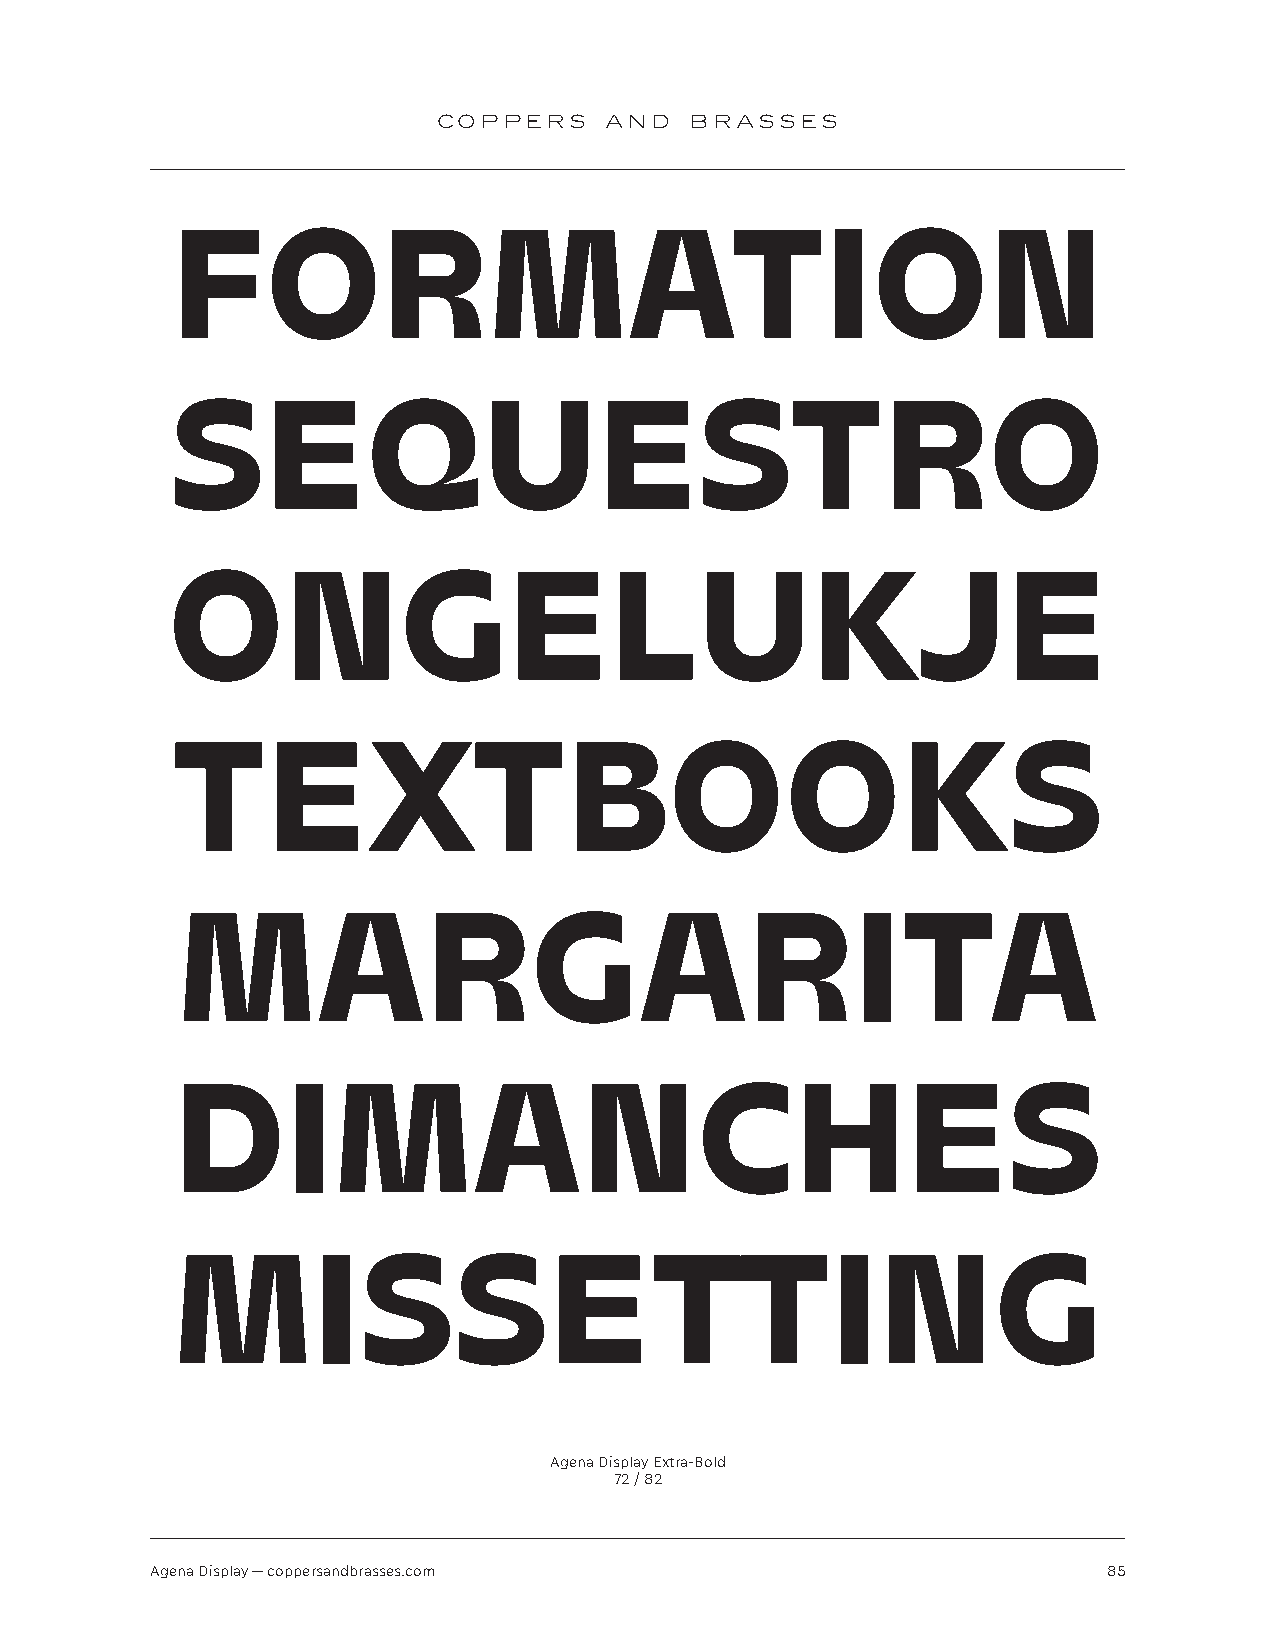
COPPERS    AND   BRASSES
 FORMATION
 SEQUESTRO
 ONGELUKJE
 TEXTBOOKS
 MARGARITA
 DIMANCHES
 MISSETTING
 Agena Display Extra-Bold
 72 / 82
 Agena Display — coppersandbrasses.com                          85